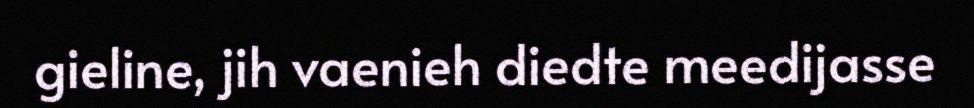
gieline, jih vaenieh diedte meedijasse